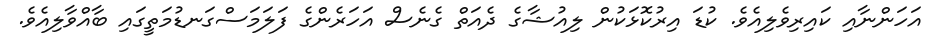
އަހަންނާއި ކައިރިވެލިއެވެ. ކުޑަ އިރުކޮޅަކުން ލިއުޝާގެ ދެއަތް ގެނެސް އަހަރެންގެ ފަލަމަސްގަނޑުމަތީގައި ބާއްވާލިއެވެ.